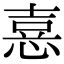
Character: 𢝫